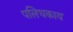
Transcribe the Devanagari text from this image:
पलिधकाय